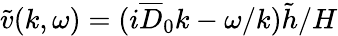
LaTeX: \tilde{v}(k,\omega)=(i\overline{{D}}_{0}k-\omega/k)\tilde{h}/H